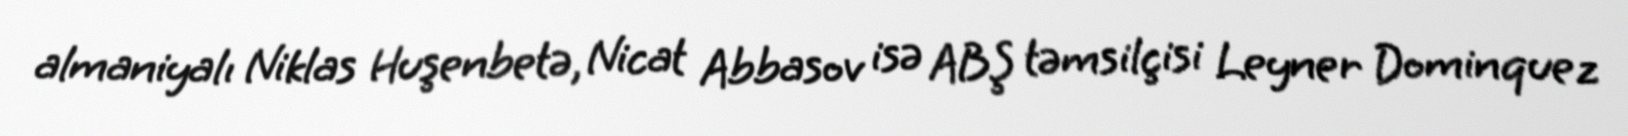
almaniyalı Niklas Huşenbetə, Nicat Abbasov isə ABŞ təmsilçisi Leyner Dominquez